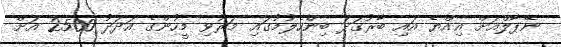
ނޭޕާލްއަށް އިއްޔެ އައި ބާރުގަދަ ބިންހެލުމުގައި މަރުވި މީހުންގެ އަދަދު 2500 އަށް